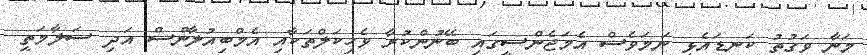
މަނާ ވަގުތު ކަނޑައެޅި ނަމަވެސް އެމަޖެންސީގައި ބޭނުންކުރާ ވެހިކަލްތަކާއި އެމްބިއުލާންސް އަދި ސަލާމަތީ